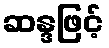
ဆန္ဒဖြင့်